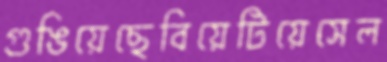
গুঙিয়েছেবিয়েটিয়েসেল